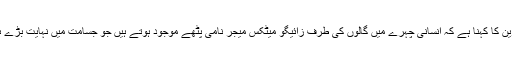
طبی ماہرین کا کہنا ہے کہ انسانی چہرے میں گالوں کی طرف زائیگو میٹکس میجر نامی پٹھے موجود ہوتے ہیں جو جسامت میں نہایت بڑے ہوتے ہیں۔